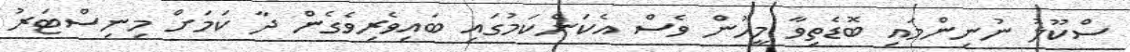
ސްކޫލު ނުނިންމައި ބޮޑެތިވާ މީހުން ވެސް އެކަންކަމުގައި ބައިވެރިވެގެން ދާ ކަމަށް މިނިސްޓަރު